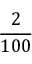
\frac { 2 } { 1 0 0 }